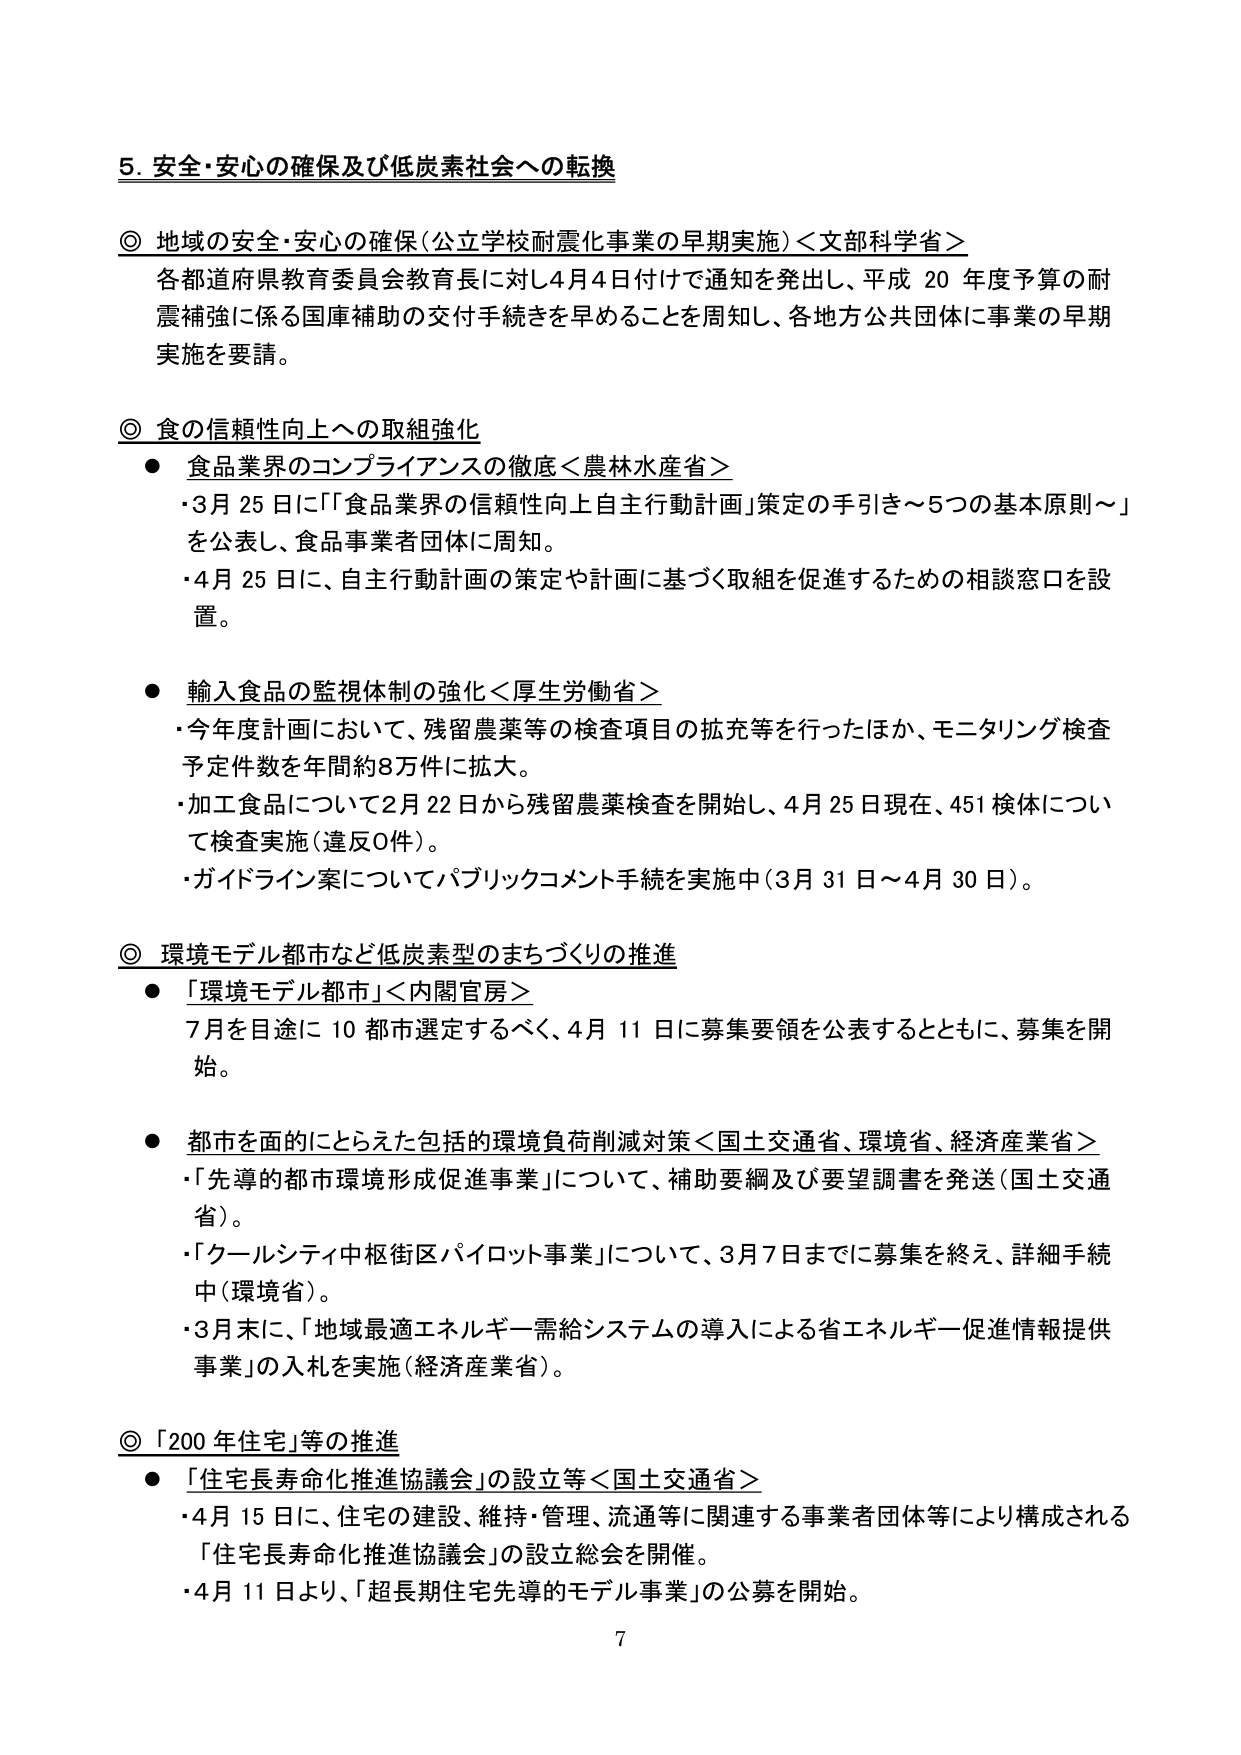
5. 安全・安心の確保及び低炭素社会への転換

◎ 地域の安全・安心の確保（公立学校耐震化事業の早期実施）＜文部科学省＞
各都道府県教育委員会教育長に対し4月4日付けで通知を発出し、平成20年度予算の耐震補強に係る国庫補助の交付手続きを早めることを周知し、各地方公共団体に事業の早期実施を要請。

◎ 食の信頼性向上への取組強化
● 食品業界のコンプライアンスの徹底＜農林水産省＞
・3月25日に「食品業界の信頼性向上自主行動計画」策定の手引き～5つの基本原則～」を公表し、食品事業者団体に周知。
・4月25日に、自主行動計画の策定や計画に基づく取組を促進するための相談窓口を設置。

● 輸入食品の監視体制の強化＜厚生労働省＞
・今年度計画において、残留農薬等の検査項目の拡充等を行ったほか、モニタリング検査予定件数を年間約8万件に拡大。
・加工食品について2月22日から残留農薬検査を開始し、4月25日現在、451検体について検査実施（違反0件）。
・ガイドライン案についてパブリックコメント手続を実施中（3月31日～4月30日）。

◎ 環境モデル都市など低炭素型のまちづくりの推進
● 「環境モデル都市」＜内閣官房＞
7月を目途に10都市選定するべく、4月11日に募集要領を公表するとともに、募集を開始。

● 都市を面的にとらえた包括的環境負荷削減対策＜国土交通省、環境省、経済産業省＞
・「先導的都市環境形成促進事業」について、補助要綱及び要望調書を発送（国土交通省）。
・「クールシティ中枢街区パイロット事業」について、3月7日までに募集を終え、詳細手続中（環境省）。
・3月末に、「地域最適エネルギー需給システムの導入による省エネルギー促進情報提供事業」の入札を実施（経済産業省）。

◎ 「200年住宅」等の推進
● 「住宅長寿命化推進協議会」の設立等＜国土交通省＞
・4月15日に、住宅の建設、維持・管理、流通等に関連する事業者団体等により構成される「住宅長寿命化推進協議会」の設立総会を開催。
・4月11日より、「超長期住宅先導的モデル事業」の公募を開始。

7